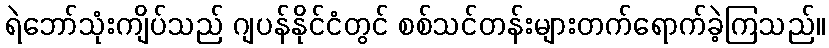
ရဲဘော်သုံးကျိပ်သည် ဂျပန်နိုင်ငံတွင် စစ်သင်တန်းများတက်ရောက်ခဲ့ကြသည်။